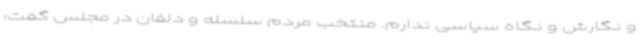
و نگارش و نگاه سیاسی ندارم. منتخب مردم سلسله و دلفان در مجلس گفت: